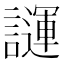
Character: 𧬪